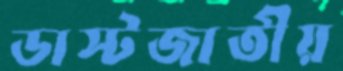
ডাস্টজাতীয়